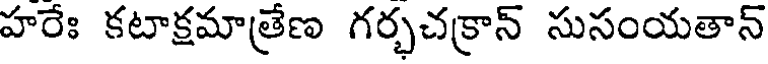
హరేః కటాక్షమాత్రేణ గర్భచక్రాన్ సుసంయతాన్